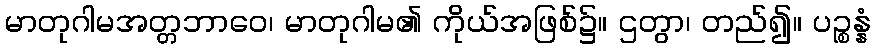
မာတုဂါမအတ္တဘာဝေ၊ မာတုဂါမ၏ ကိုယ်အဖြစ်၌။ ဌတွာ၊ တည်၍။ ပဉ္စန္နံ